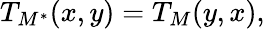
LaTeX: T_{M^{*}}(x,y)=T_{M}(y,x),